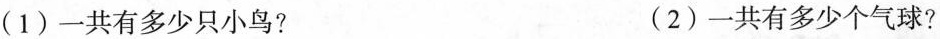
(1)一共有多少只小鸟? (2)一共有多少个气球?